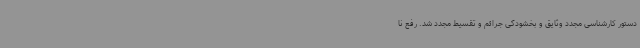
دستور کارشناسی مجدد وثایق و بخشودگی جرائم و تقسیط مجدد شد. رفع نا